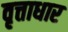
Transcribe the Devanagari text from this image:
वृत्ताधार